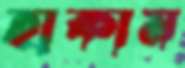
হাকাম